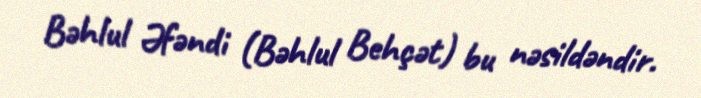
Bəhlul Əfəndi (Bəhlul Behçət) bu nəsildəndir.